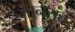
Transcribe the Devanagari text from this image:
मानसंचे